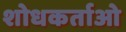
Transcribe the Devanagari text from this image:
शोधकर्ताओ